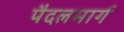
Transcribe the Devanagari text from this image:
पैदलमार्ग